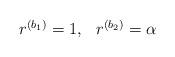
LaTeX: \begin{align*} \begin{array}{cc} r^{(b_1)} = 1, & r^{(b_2)} = \alpha\end{array}\end{align*}